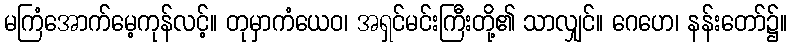
မကြံအောက်မေ့ကုန်လင့်။ တုမှာကံယေဝ၊ အရှင်မင်းကြီးတို့၏ သာလျှင်။ ဂေဟေ၊ နန်းတော်၌။